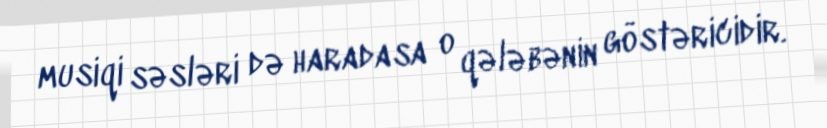
musiqi səsləri də haradasa o qələbənin göstəricidir.